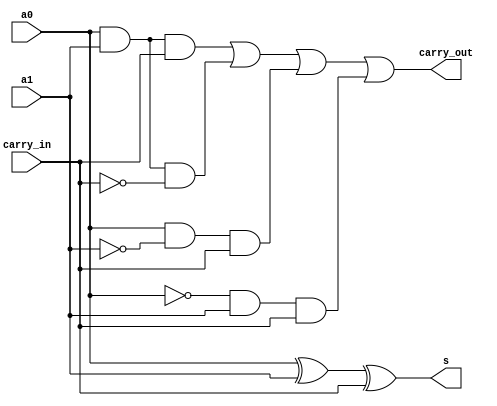
module fullAdder_neww (input a0,a1,carry_in, output s,carry_out);

    assign s = (a0 ^ a1) ^ carry_in;
    assign carry_out = (a0 & a1 & carry_in)|(a0 & a1 & ~carry_in)|(a0 & ~a1 & carry_in)|(~a0 & a1 & carry_in);

endmodule